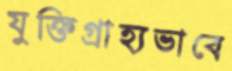
যুক্তিগ্রাহ্যভাবে